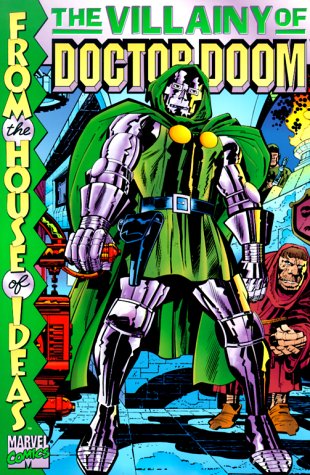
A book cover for The Villainy of Doctor Doom (Marvel Comics); Stan Lee; Business & Money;